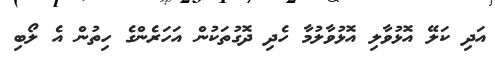
އަދި ކަލޭ އޮޅުވާލި އޮޅުވާލުމާ ހެދި ދޮގުތަކުން އަހަރެންގެ ހިތުން އެ ލޯބި